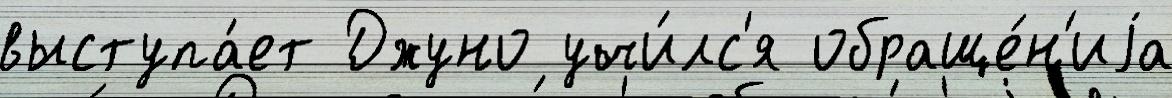
выступа́ет Джуно учи́лс'я обраще́н'иjа